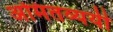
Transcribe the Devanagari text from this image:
अमितव्ययी